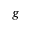
^ g